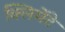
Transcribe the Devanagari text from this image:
क्लिमेंटे